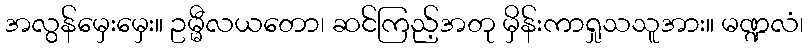
အလွန်မှေးမှေး။ ဥမ္မီလယတော၊ ဆင်ကြည့်အတု မှိန်းကာရှုသသူအား။ မဏ္ဍလံ၊